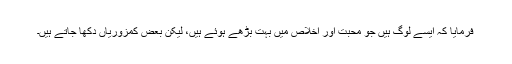
فرمایا کہ ایسے لوگ ہیں جو محبت اور اخلاص میں بہت بڑھے ہوئے ہیں، لیکن بعض کمزوریاں دکھا جاتے ہیں۔